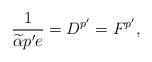
LaTeX: \begin{align*}\frac{1}{\widetilde{\alpha} p'e}=D^{p'}=F^{p'},\end{align*}